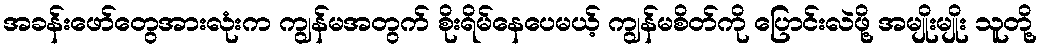
အခန်းဖော်တွေအားလုံးက ကျွန်မအတွက် စိုးရိမ်နေပေမယ့် ကျွန်မစိတ်ကို ပြောင်းလဲဖို့ အမျိုးမျိုး သူတို့